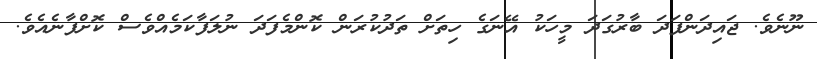
ނޫނެވެ. ޖައިދަންފަދަ ބާރުގަދަ މީހަކު އޭނަގެ ހިތަށް ތަދުކުރަން ކޮންމެފަދަ ނުލަފާކަމެއްވެސް ކޮށްފާނެއެވެ.